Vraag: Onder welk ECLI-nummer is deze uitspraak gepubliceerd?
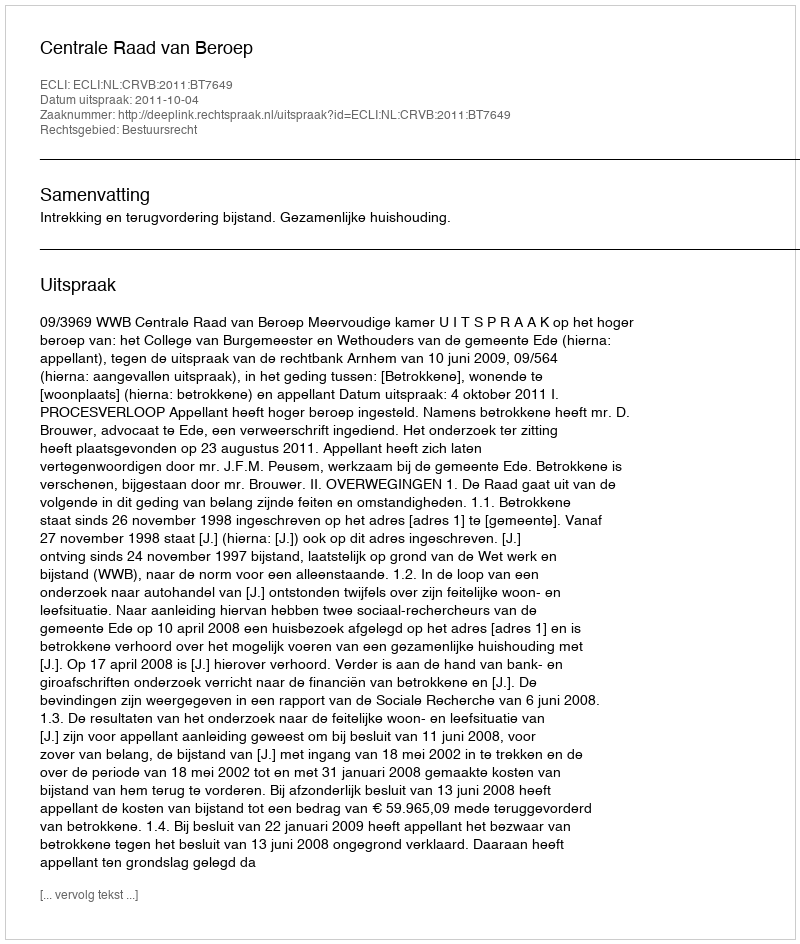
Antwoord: ECLI:NL:CRVB:2011:BT7649